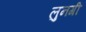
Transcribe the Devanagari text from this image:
लुनगी